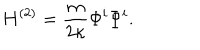
H ^ { ( 2 ) } = \frac { m } { 2 \kappa } \Phi ^ { i } \Phi ^ { i } .